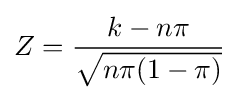
Z={\frac {k-n\pi }{\sqrt {n\pi (1-\pi )}}}